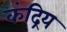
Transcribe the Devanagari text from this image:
कंद्रिय